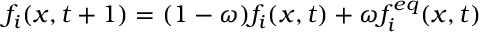
f _ { i } ( x , t + 1 ) = ( 1 - \omega ) f _ { i } ( x , t ) + \omega f _ { i } ^ { e q } ( x , t )